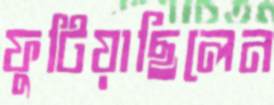
ফুটিয়াছিলেন